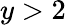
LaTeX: y>2